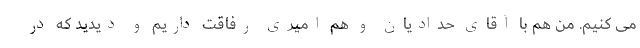
می کنیم. من هم با آقای حدادیان و هم امیری رفاقت داریم و دیدید که در